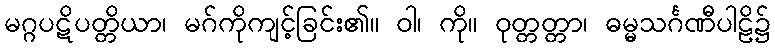
မဂ္ဂပဋိပတ္တိယာ၊ မဂ်ကိုကျင့်ခြင်း၏။ ဝါ၊ ကို။ ဝုတ္တတ္တာ၊ ဓမ္မသင်္ဂဏီပါဠိ၌